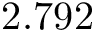
2 . 7 9 2